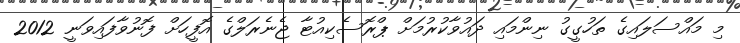
މި މައްސަލައިގެ ތަހުގީގު ނިންމައި ދައުވާކުރުމަށް ޕްރޮސެކިއުޓާ ޖެނެރަލްގެ އޮފީހަށް ފޮނުވާފައިވަނީ 2012